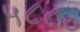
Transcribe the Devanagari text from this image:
५८८०